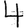
Digit: 4